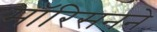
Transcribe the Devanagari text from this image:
मॉरिसनने